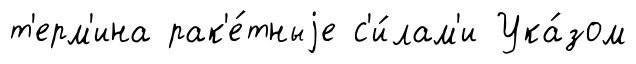
т'ерм'ина рак'е́тныjе с'и́лам'и Ука́зом